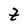
Character: t